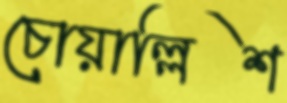
চোয়াল্লিশ